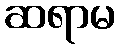
ဆရာမ